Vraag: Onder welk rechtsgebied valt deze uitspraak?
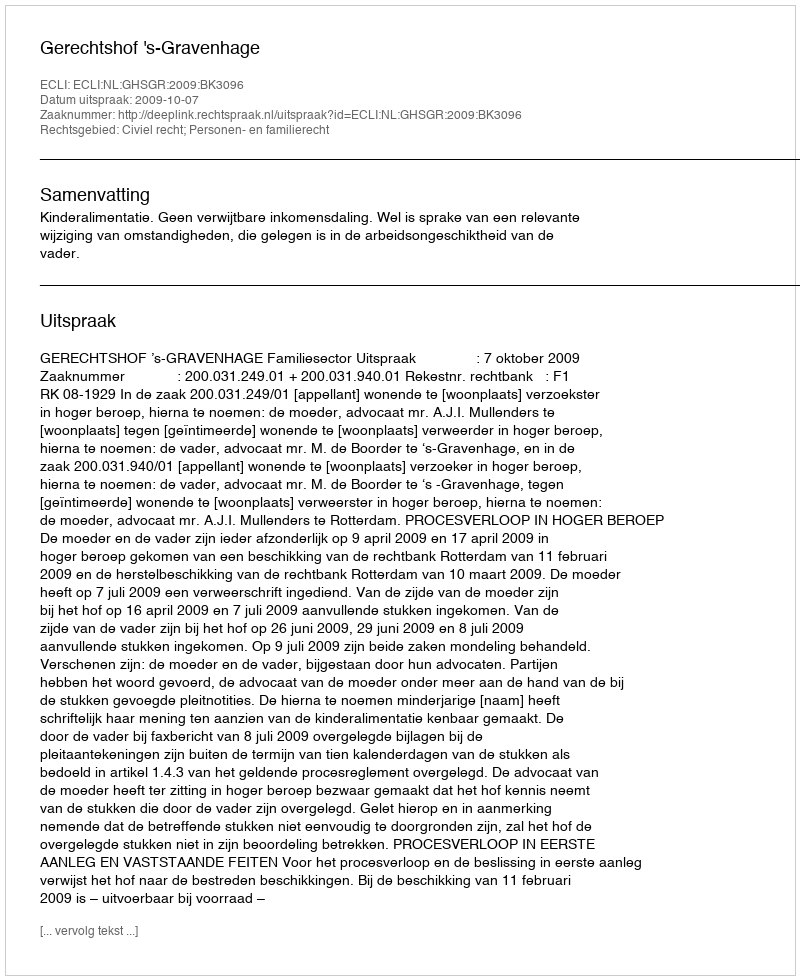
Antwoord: Civiel recht; Personen- en familierecht